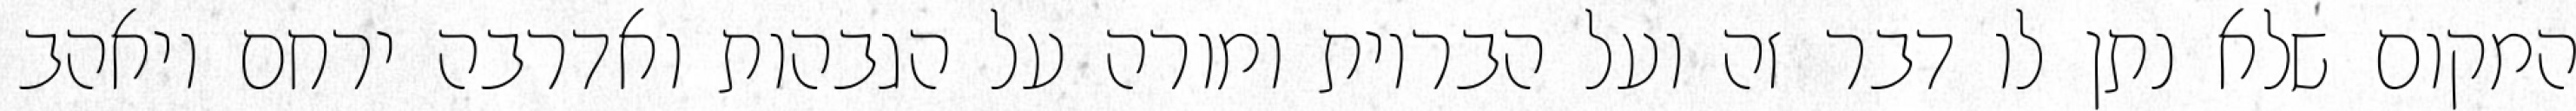
המקום שלא נתן לו דבר זה ועל הבריות ומורה על הגבהות ואדרבה ירחם ויאהב